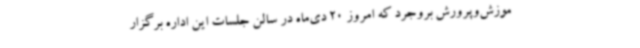
موزش‌وپرورش بروجرد که امروز 20 دی‌ماه در سالن جلسات این اداره برگزار